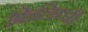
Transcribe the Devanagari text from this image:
फिलिप्पी